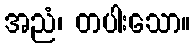
အညံ၊ တပါးသော။